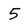
Character: 5